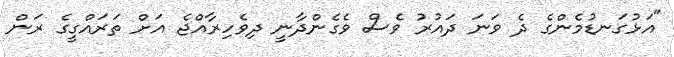
"އަޅުގަނޑުމެންގެ ދެ ވަނަ ދައުރު ވެސް ވެގެންދާނީ ދިވެހިރާއްޖެ އަށް ތަރައްގީގެ ރަން